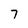
Character: 7